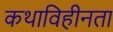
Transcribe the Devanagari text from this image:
कथाविहीनता